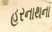
હરનાથના